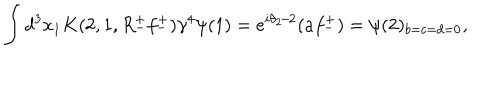
\int d ^ { 3 } x _ { 1 } K ( 2 , 1 , R _ { - } ^ { + } f _ { - } ^ { + } ) \gamma ^ { 4 } \psi ( 1 ) = e ^ { i \theta _ { 2 } / 2 } ( a f _ { - } ^ { + } ) = \psi ( 2 ) _ { b = c = d = 0 } ,